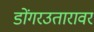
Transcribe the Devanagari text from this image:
डोंगरउतारावर